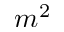
m ^ { 2 }